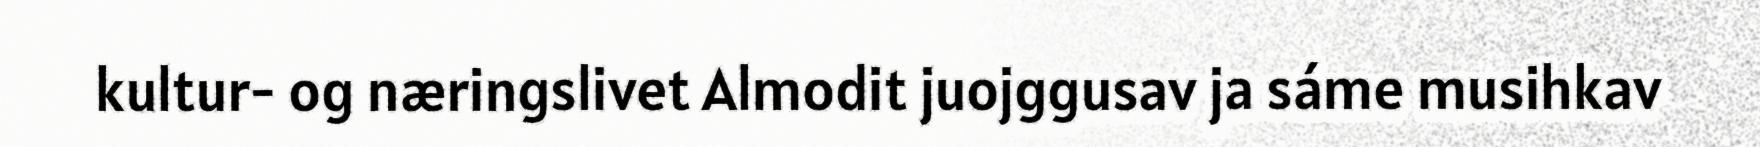
kultur- og næringslivet Almodit juojggusav ja sáme musihkav